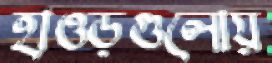
হাওড়গুলোয়